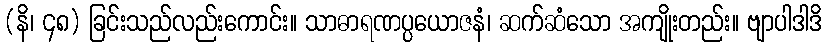
(နိ၊ ၄၈) ခြင်းသည်လည်းကောင်း။ သာဓာရဏပ္ပယောဇနံ၊ ဆက်ဆံသော အကျိုးတည်း။ ဗျာပါဒါဒိ